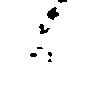
候